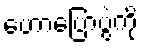
ဟောပြောပွဲကို